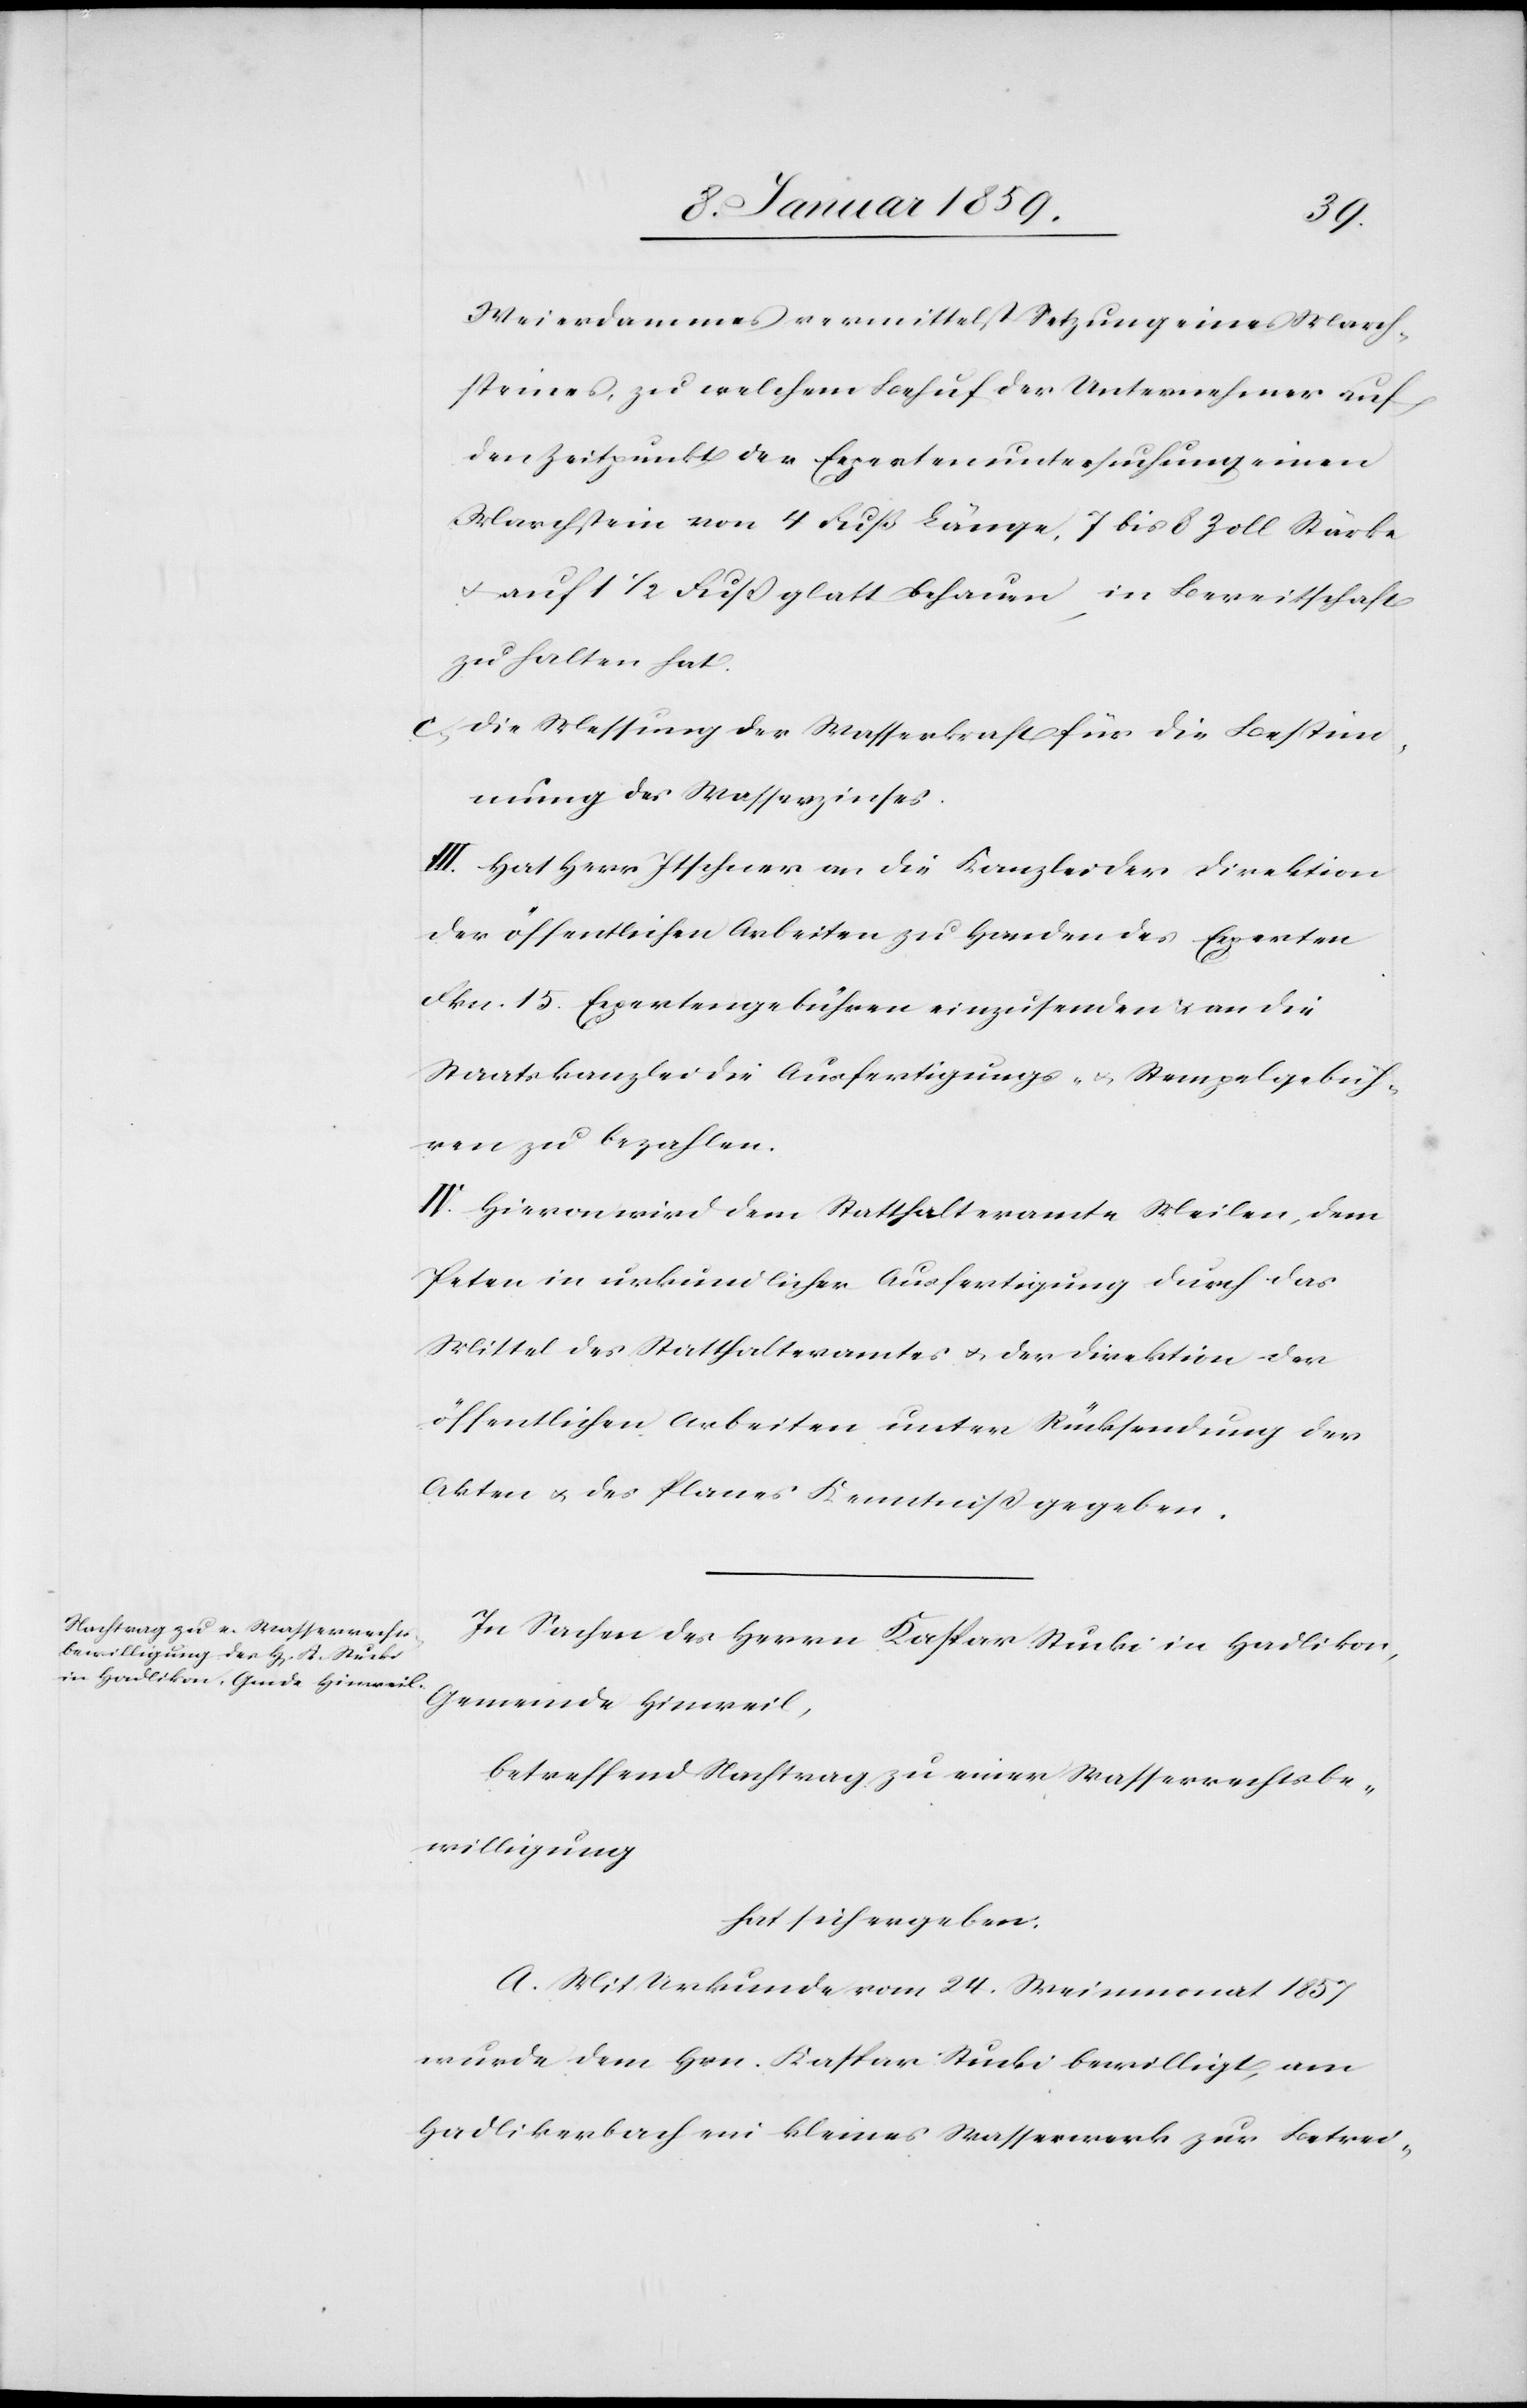
der
Weierdammes vermittelst Setzung eines March¬
steines, zu welchem Behuf der Unternehmer auf
den Zeitpunkt der Expertenuntersuchung einen
Marchstein von 4 Fuß Länge, 7 bis 8 Zoll Stärke
u. auf 11/2 Fuß glatt behauen in Bereitschaft
zu halten hat.
c. Die Messung der Wasserkraft für die Bestim¬
mung des Wasserzinses.
III. Hat Herr Itschner an die Kanzlei der Direktion
der öffentlichen Arbeiten zu Handen des Experten
Fkn. 15. Expertengebühren einzusenden u. an die
Staatskanzlei die Ausfertigungs- u. Stempelgebüh¬
ren zu bezahlen.
IV. Hiervon wird dem Statthalteramte Meilen, dem
Petenten] in urkundlicher Ausfertigung durch des
öffentlichen Arbeiten unter Rücksendung der
Akten u. des Planes Kenntniß gegeben.
In Sachen des Herrn Kaspar Stucki in Hadlikon,
Gemeinde Hinweil,
betreffend Nachtrag zu einer Wasserrechtsbe¬
willigung
hat sich ergeben:
A. Mit Urkunde vom 24. Weinmonat 1857
wurde dem Hrn. Kaspar Stucki bewilligt, am
Hadlikerbach ein kleines Wasserwerk zur Betrei-